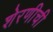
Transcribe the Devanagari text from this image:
शेरणीची